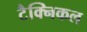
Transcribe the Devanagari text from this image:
टैक्निकल